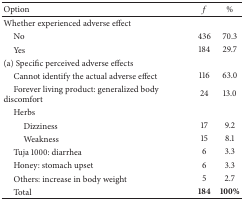
<table><thead><tr><td><b>Option</b></td><td><b><i>f</i></b></td><td><b>%</b></td></tr></thead><tbody><tr><td>Whether experienced adverse effect</td><td> </td><td> </td></tr><tr><td> No</td><td>436</td><td>70.3</td></tr><tr><td> Yes</td><td>184</td><td>29.7</td></tr><tr><td>(a) Specific perceived adverse effects</td><td> </td><td> </td></tr><tr><td> Cannot identify the actual adverse effect</td><td>116</td><td>63.0</td></tr><tr><td> Forever living product: generalized body discomfort </td><td>24</td><td>13.0</td></tr><tr><td> Herbs</td><td> </td><td> </td></tr><tr><td>Dizziness </td><td>17</td><td>9.2</td></tr><tr><td>Weakness</td><td>15</td><td>8.1</td></tr><tr><td> Tuja 1000: diarrhea</td><td> 6</td><td>3.3</td></tr><tr><td> Honey: stomach upset</td><td> 6</td><td>3.3</td></tr><tr><td> Others: increase in body weight</td><td> 5</td><td>2.7</td></tr><tr><td> Total </td><td><b>184</b></td><td><b>100%</b></td></tr></tbody></table>